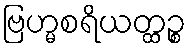
ဗြဟ္မစရိယတ္ထဉ္စ